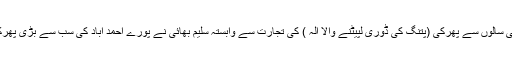
وہیں كالوپور علاقہ میں گزشتہ کئی سالوں سے پھرکی (پتنگ کی ڈوری لپیٹنے والا آلہ ) کی تجارت سے وابستہ سلیم بھائی نے پورے احمد آباد کی سب سے بڑی پھرکی بنا کر لوگوں کو چونکا دیا ہے۔